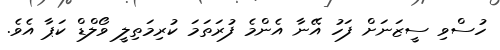
ހުސްވި ސީޒަނަށް ފަހު އޭނާ އެންމެ ފުރަތަމަ ކުރިމަތިލީ ވޯލްޑް ކަޕާ އެވެ.